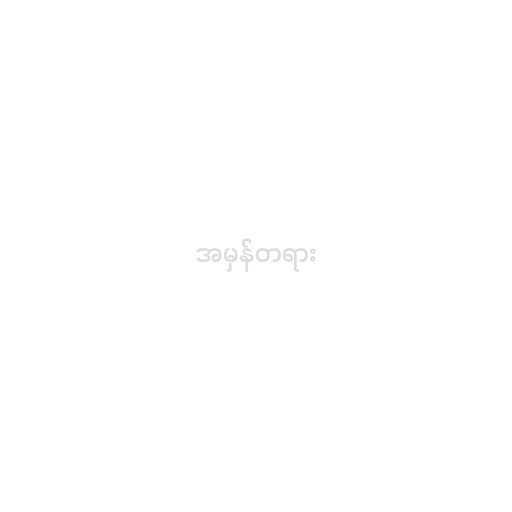
အမှန်တရား